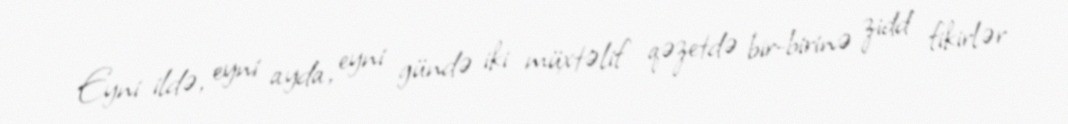
Eyni ildə, eyni ayda, eyni gündə iki müxtəlif qəzetdə bir-birinə zidd fikirlər